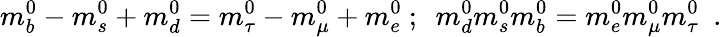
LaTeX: m_{b}^{0}-m_{s}^{0}+m_{d}^{0}=m_{\tau}^{0}-m_{\mu}^{0}+m_{e}^{0}~;~~m_{d}^{0}m_{s}^{0}m_{b}^{0}=m_{e}^{0}m_{\mu}^{0}m_{\tau}^{0}~~.